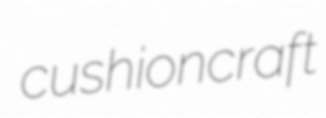
cushioncraft